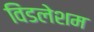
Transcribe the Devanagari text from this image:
विंडलेशम